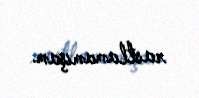
rastlamamışam.